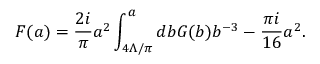
{ \cal F } ( a ) = { \frac { 2 i } { \pi } } a ^ { 2 } \int _ { 4 \Lambda / \pi } ^ { a } d b { \cal G } ( b ) b ^ { - 3 } - { \frac { \pi i } { 1 6 } } a ^ { 2 } .